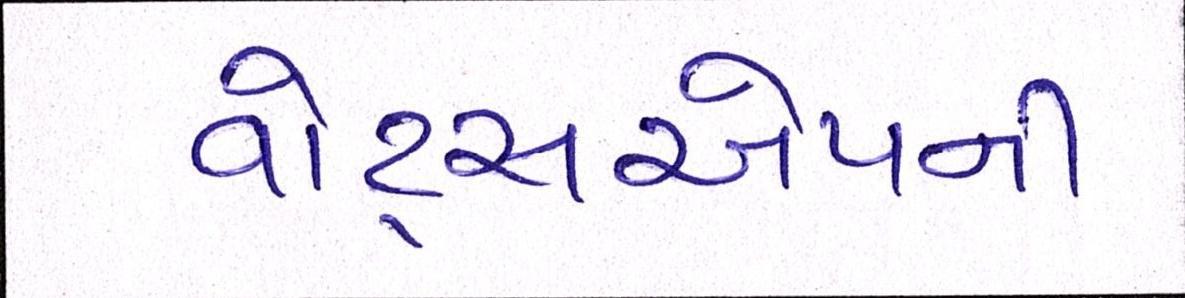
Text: વોટ્સએપની